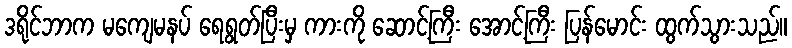
ဒရိုင်ဘာက မကျေမနပ် ရေရွတ်ပြီးမှ ကားကို ဆောင့်ကြီး အောင့်ကြီး ပြန်မောင်း ထွက်သွားသည်။